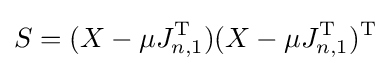
S=(X-\mu J_{n,1}^{\mathrm {T} })(X-\mu J_{n,1}^{\mathrm {T} })^{\mathrm {T} }